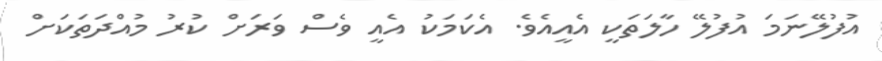
އުފުލޭނަމަ އުފުލޭ ހާލަތަކީ އެއީއެވެ. އެކަމަކު އެއީ ވެސް ވަރަށް ކުރު މުއްދަތަކަށް